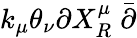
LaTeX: k_{\mu}\theta_{\nu}\partial X_{R}^{\mu}\stackrel{\_ }{\partial}